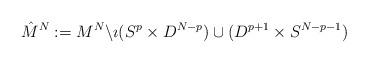
LaTeX: \begin{align*}\hat{M}^N:= M^N \backslash \imath(S^p\times D^{N - p})\cup (D^{p + 1}\times S^{N - p - 1})\end{align*}